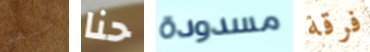
تنتهى حنا مسدودة فرقة